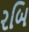
રબિ